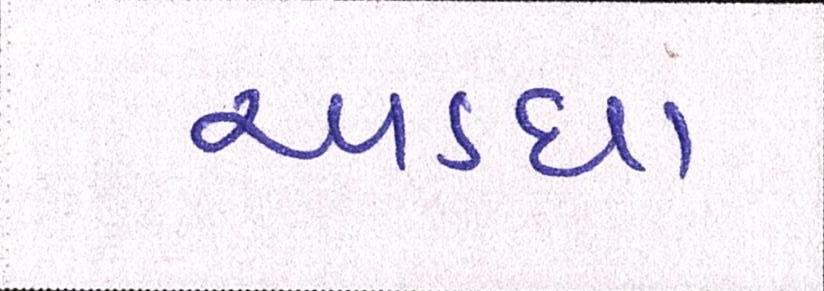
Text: અડધા